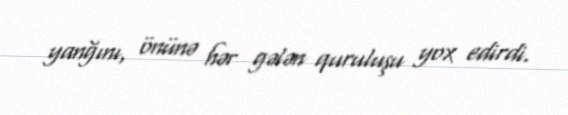
yanğını, önünə hər gələn quruluşu yox edirdi.